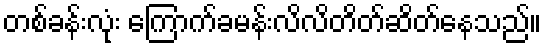
တစ်ခန်းလုံး ကြောက်ခမန်းလိလိတိတ်ဆိတ်နေသည်။